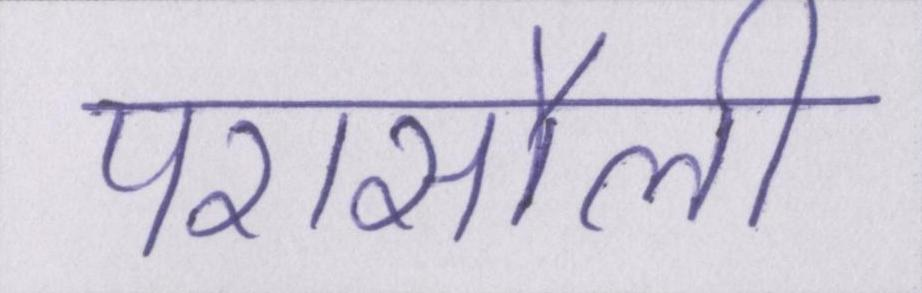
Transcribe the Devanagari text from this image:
परासौली